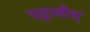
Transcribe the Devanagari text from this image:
चट्टानीश्